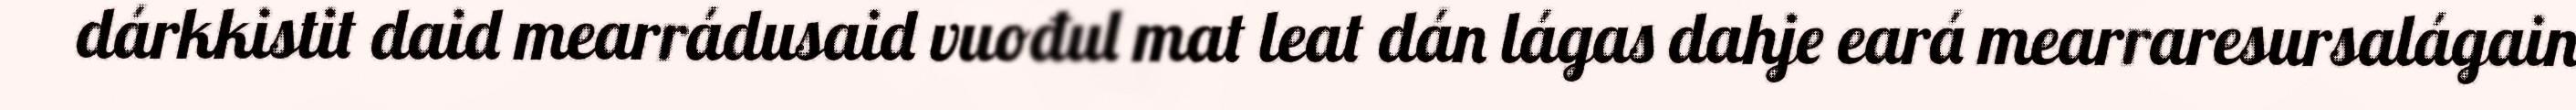
dárkkistit daid mearrádusaid vuođul mat leat dán lágas dahje eará mearraresursalágain